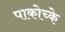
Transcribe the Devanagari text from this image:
पाकोच्के